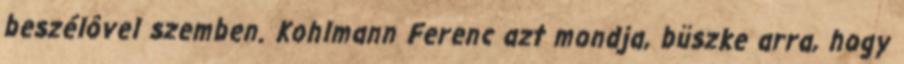
beszélôvel szemben. Kohlmann Ferenc azt mondja, büszke arra, hogy